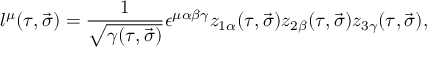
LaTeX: l ^ { \mu } ( \tau , \vec { \sigma } ) = \frac { 1 } { \sqrt { \gamma ( \tau , \vec { \sigma } ) } } \epsilon ^ { \mu \alpha \beta \gamma } z _ { 1 \alpha } ( \tau , \vec { \sigma } ) z _ { 2 \beta } ( \tau , \vec { \sigma } ) z _ { 3 \gamma } ( \tau , \vec { \sigma } ) ,